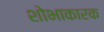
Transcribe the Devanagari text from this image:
शोभाकारक